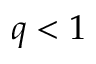
q < 1